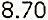
8.70